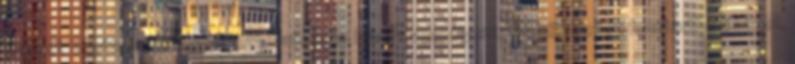
Helyzet adottság ▪A környezettudatosság hiánya veszélyezteti a környezeti fenntarthatóságot,